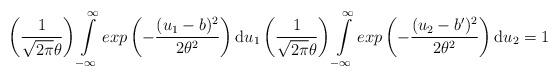
LaTeX: \begin{align*} \left (\frac{1}{\sqrt{2\pi}\theta} \right ) \int\limits_{-\infty}^{\infty} exp \left ( - \frac{ (u_1-b)^2}{2\theta^2} \right)\mathrm{d}u_1 \left (\frac{1}{\sqrt{2\pi}\theta} \right ) \int\limits_{-\infty}^{\infty} exp \left ( - \frac{(u_2-b')^2}{2\theta^2} \right) \mathrm{d}u_2 = 1\end{align*}